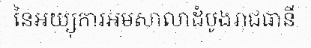
នៃអយ្យុការអមសាលាដំបូងរាជធានី